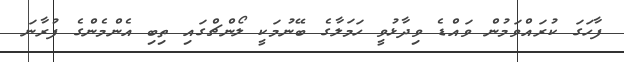
ފާހަގަ ކުރައްވަމުން ވައްޑެ ވިދާޅުވީ ހަމަލާގެ ބޭނުމަކީ ލޯންޗްގައި ތިބި އެންމެންގެ ފުރާނަ